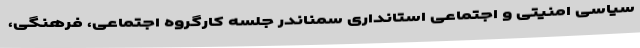
سیاسی امنیتی و اجتماعی استانداری سمناندر جلسه کارگروه اجتماعی، فرهنگی،